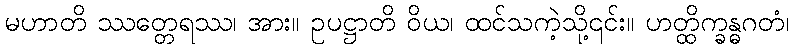
မဟာတိ ဿတ္တေရဿ၊ အား။ ဥပဋ္ဌာတိ ဝိယ၊ ထင်သကဲ့သို့၎င်း။ ဟတ္ထိက္ခန္ဓဂတံ၊